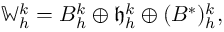
\mathbb { W } _ { h } ^ { k } = B _ { h } ^ { k } \oplus \mathfrak { h } _ { h } ^ { k } \oplus ( B ^ { * } ) _ { h } ^ { k } ,